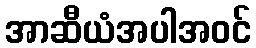
အာဆီယံအပါအဝင်